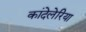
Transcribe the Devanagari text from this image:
कांदेलेरिया